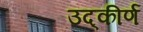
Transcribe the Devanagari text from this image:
उद्‌कीर्ण